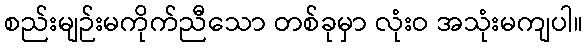
စည်းမျဉ်းမကိုက်ညီသော တစ်ခုမှာ လုံးဝ အသုံးမကျပါ။